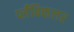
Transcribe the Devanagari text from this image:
प्लँबिकलर